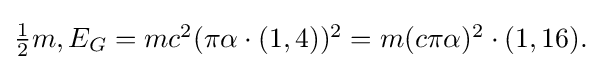
{\textstyle {\frac {1}{2}}m,E_{G}=mc^{2}(\pi \alpha \cdot (1,4))^{2}=m(c\pi \alpha )^{2}\cdot (1,16).}